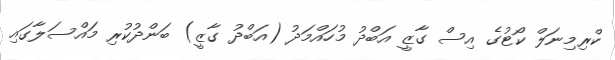
ކްރިމިނަލް ކޯޓުގެ އިސް ގާޒީ އަބްދު މުހައްމަދު (އަބްދު ގާޒީ) ބަންދުކުރި މައްސަލާގައި